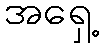
အရှေ့